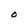
Character: O